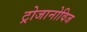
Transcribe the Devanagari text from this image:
ट्रोजानोविज